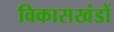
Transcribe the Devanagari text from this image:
विकासखंडों